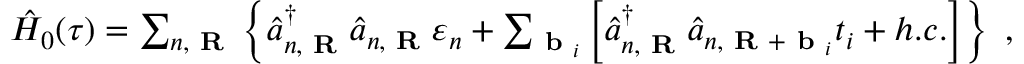
\begin{array} { r } { \hat { H } _ { 0 } ( \tau ) = \sum _ { n , \textbf { R } } \left\{ \hat { a } _ { n , \textbf { R } } ^ { \dagger } \hat { a } _ { n , \textbf { R } } \varepsilon _ { n } + \sum _ { \textbf { b } _ { i } } \left[ \hat { a } _ { n , \textbf { R } } ^ { \dagger } \hat { a } _ { n , \textbf { R } + \textbf { b } _ { i } } t _ { i } + h . c . \right] \right\} ~ , } \end{array}